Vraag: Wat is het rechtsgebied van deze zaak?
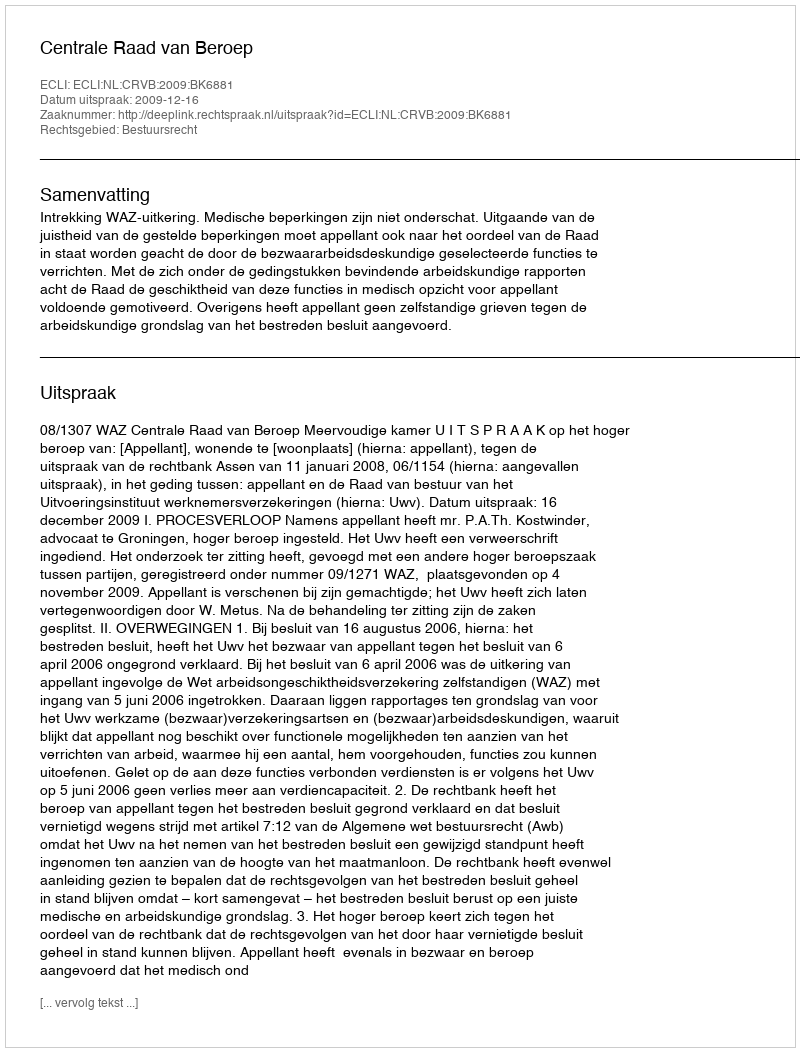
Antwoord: Bestuursrecht